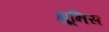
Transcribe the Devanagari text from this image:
ह्यूनिस